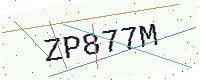
Text: ZP877M